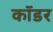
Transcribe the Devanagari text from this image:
कॉडर